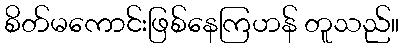
စိတ်မကောင်းဖြစ်နေကြဟန် တူသည်။